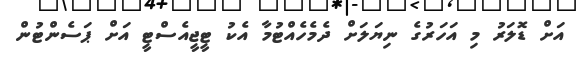
އަށް ޑޮލަރު މި އަހަރުގެ ނިޔަލަށް ދެމެހެއްޓުމާ އެކު ޓީޖީއެސްޓީ އަށް ޕަސެންޓުން